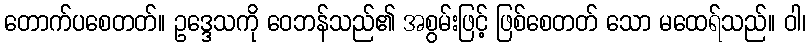
တောက်ပစေတတ်။ ဥဒ္ဒေသကို ဝေဘန်သည်၏ အစွမ်းဖြင့် ဖြစ်စေတတ် သော မထေရ်သည်။ ဝါ၊